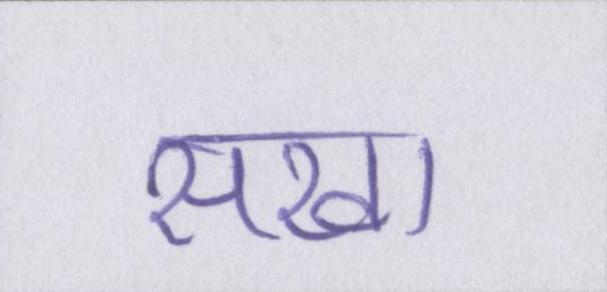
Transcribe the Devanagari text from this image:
सखा